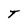
Character: T